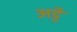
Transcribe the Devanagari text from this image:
अट्टे